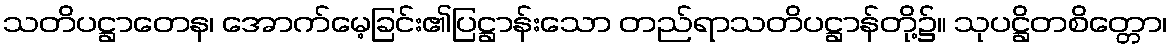
သတိပဋ္ဌာတေန၊ အောက်မေ့ခြင်း၏ပြဋ္ဌာန်းသော တည်ရာသတိပဋ္ဌာန်တို့၌။ သုပဋ္ဌိတစိတ္တော၊